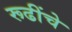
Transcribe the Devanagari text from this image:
रूढींचे